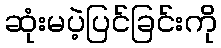
ဆုံးမပဲ့ပြင်ခြင်းကို